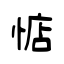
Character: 惦